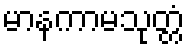
မာနကာမသုတ္တံ